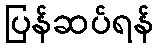
ပြန်ဆပ်ရန်